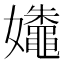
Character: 𰌛